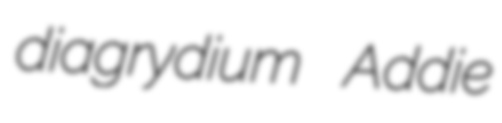
diagrydium Addie